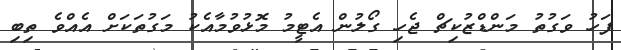
ފަހު ވަގުތު މަންޑްޒުކިޗް ޖެހި ގޯލުން އެޓީމު މޮޅުވުމާއެކު މަގުތަކަށް އެއްވެ ތިބި